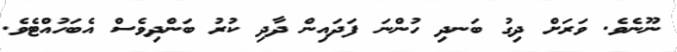
ނޫނެވެ. ވަރަށް ދިގު ބަނދި ހުންނަ ފަދައިން ދާދި ކުރު ބަންދިވެސް އެބަހުއްޓެވެ.